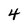
Character: 4